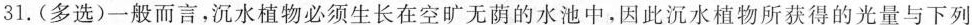
31.（多选）一般而言，沉水植物必须生长在空旷无荫的水池中，因此沉水植物所获得的光量与下列